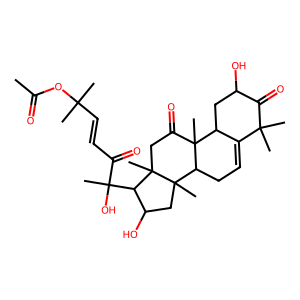
SMILES: CC(=O)OC(C)(C)C=CC(=O)C(C)(O)C1C(O)CC2(C)C3CC=C4C(CC(O)C(=O)C4(C)C)C3(C)C(=O)CC12C
Inhibits HIV replication: No